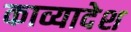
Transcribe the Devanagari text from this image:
काव्यादेश